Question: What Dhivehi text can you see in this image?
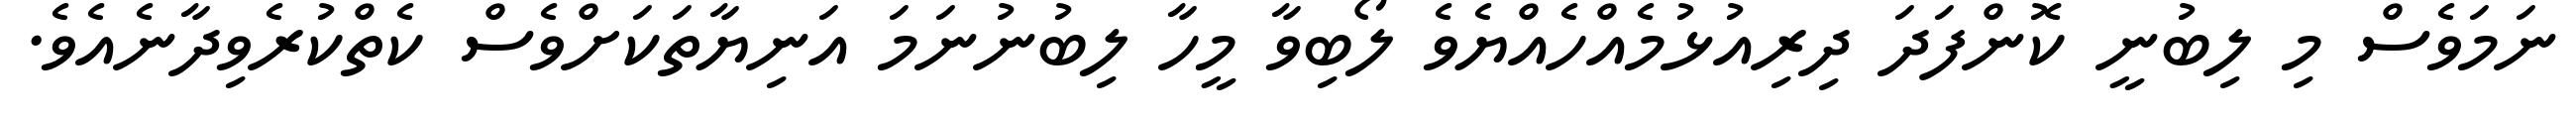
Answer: ނަމަވެސް މި ލިބުނީ ކޮންފަދަ ދިރިއުޅުމެއްހެއްޔެވެ ލޯބިވާ މީހާ ލިބުނުނަމަ އަނިޔާތަކަށްވެސް ކެތްކުރެވިދާނެއެވެ.